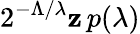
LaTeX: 2^{-\Lambda/\lambda}\mathbf{z}\, p(\lambda)